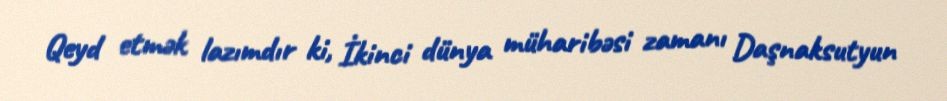
Qeyd etmək lazımdır ki, İkinci dünya müharibəsi zamanı Daşnaksutyun